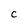
Character: C